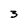
Character: 3